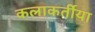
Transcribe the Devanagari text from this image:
कलाकर्तीया